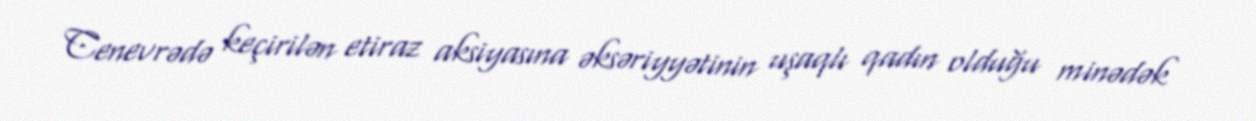
Cenevrədə keçirilən etiraz aksiyasına əksəriyyətinin uşaqlı qadın olduğu minədək